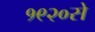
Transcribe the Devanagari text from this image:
१९२०से